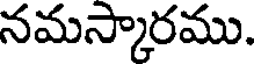
నమస్కారము.